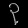
Digit: ၃